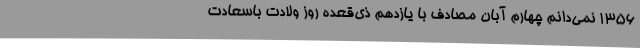
1356 نمی‌دانم چهارم آبان مصادف با یازدهم ذی‌قعده روز ولادت باسعادت